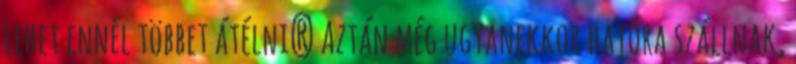
Lehet ennél többet átélni? Aztán még ugyanekkor hajóra szállnak,